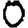
Digit: 0